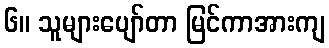
၆။ သူများပျော်တာ မြင်ကာအားကျ